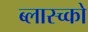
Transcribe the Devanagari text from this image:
ब्लास्च्को